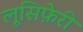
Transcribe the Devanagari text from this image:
लूसिफ़ेरी